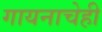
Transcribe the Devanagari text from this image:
गायनाचेही